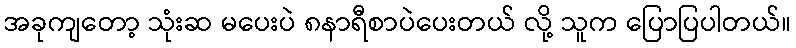
အခုကျတော့ သုံးဆ မပေးပဲ ၈နာရီစာပဲပေးတယ် လို့ သူက ပြောပြပါတယ်။